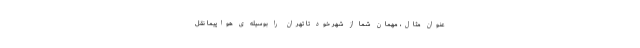
عنوان مثال، مهمان شما از شهر خود تا تهران را بوسیله ی هواپیما نقل